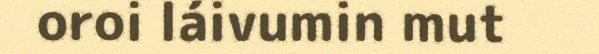
oroi láivumin mut